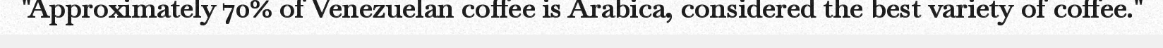
"Approximately 70% of Venezuelan coffee is Arabica, considered the best variety of coffee."